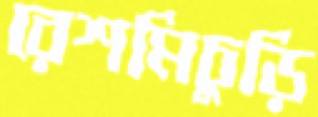
রেশমিচুড়ি